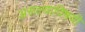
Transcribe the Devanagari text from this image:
असल्याविषयी